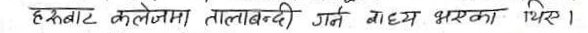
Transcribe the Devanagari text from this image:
हक्बाट कलेजमा तालाबन्दी गर्ने मध्य भएको थिए।